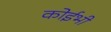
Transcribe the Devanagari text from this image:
कोईभी